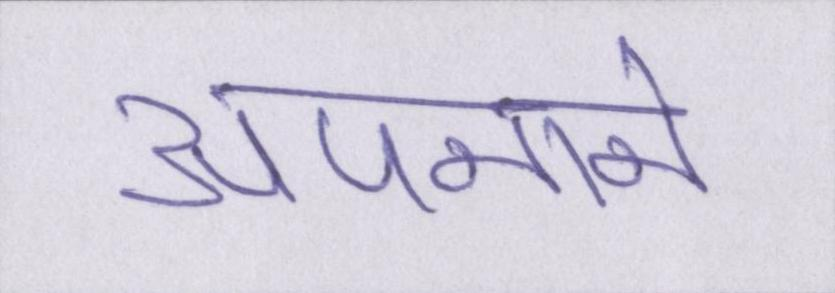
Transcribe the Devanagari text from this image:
अपनाने